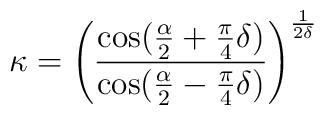
\kappa=\left(\frac{\cos(\frac{\alpha}{2}+\frac{\pi}{4}\delta)}{\cos(\frac{\alpha}{2}-\frac{\pi}{4}\delta)}\right)^{\frac{1}{2\delta}}